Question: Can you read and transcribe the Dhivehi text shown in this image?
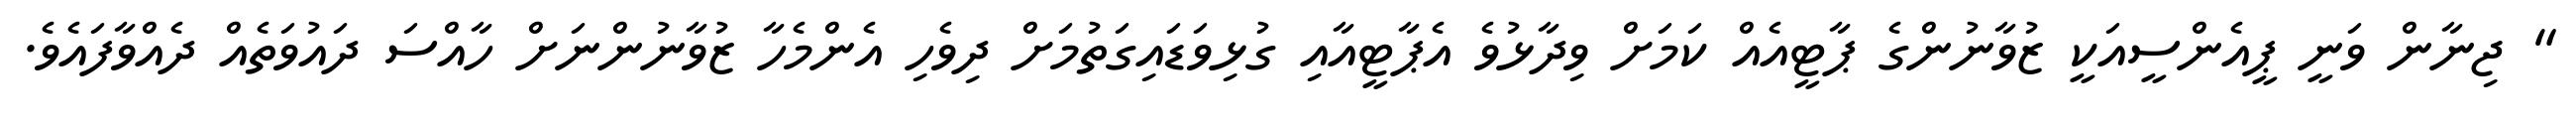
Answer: " ޖިނާން ވަނީ ޕީއެންސީއަކީ ޒުވާނުންގެ ޕާޓީއެއް ކަމަށް ވިދާޅުވެ އެޕާޓީއާއި ގުޅިވަޑައިގަތުމަށް ދިވެހި އެންމެހާ ޒުވާނުންނަށް ހާއްސަ ދައުވަތެއް ދެއްވާފައެވެ.